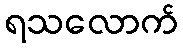
ရသလောက်